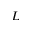
L